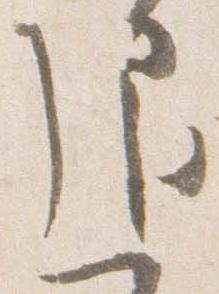
退